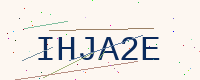
Text: IHJA2E